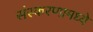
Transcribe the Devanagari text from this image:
संस्करणामध्ये